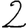
Digit: 2